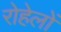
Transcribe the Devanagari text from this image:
रोहेलों